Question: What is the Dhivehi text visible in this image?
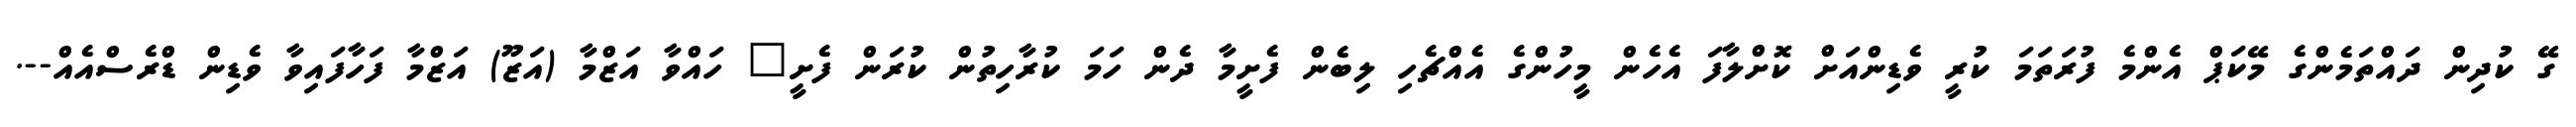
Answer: ގޭ ކުދިން ދައްތަމެންގެ މޭކަޕް އެންމެ ފުރަތަމަ ކުރީ ވެޑިންއަށް ކޮށްލާފަ އެހެން މީހުންގެ އެއްޗެހި ލިބެން ފެށީމާ ދެން ހަމަ ކުރާހިތުން ކުރަން ފެށީ" ހައްވާ އަޒްމާ (އަޒޫ) އަޒްމާ ފަހާފައިވާ ވެޑިން ޑްރެސްއެއް--.